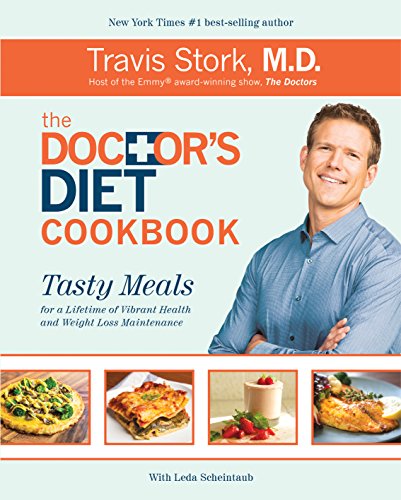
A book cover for The Doctor's Diet Cookbook: Tasty Meals for a Lifetime of Vibrant Health and Weight Loss Maintenance; Dr. Travis Stork; Cookbooks, Food & Wine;